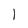
Character: 1